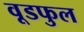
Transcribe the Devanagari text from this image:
वूडफुल